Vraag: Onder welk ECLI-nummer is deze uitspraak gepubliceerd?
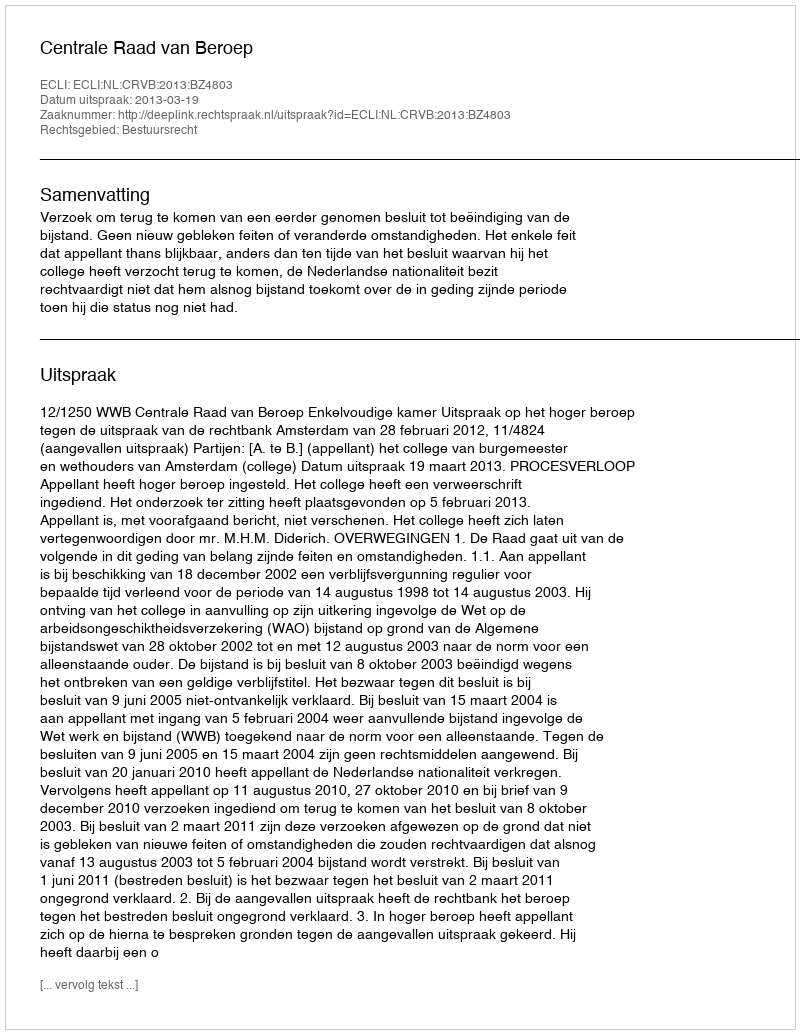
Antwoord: ECLI:NL:CRVB:2013:BZ4803